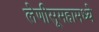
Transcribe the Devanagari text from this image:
लेणीसूमहामध्ये